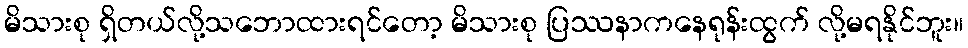
မိသားစု ရှိတယ်လို့သဘောထားရင်တော့ မိသားစု ပြဿနာကနေရုန်းထွက် လို့မရနိုင်ဘူး။